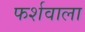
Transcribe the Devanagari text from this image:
फर्शवाला